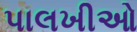
પાલખીઓ